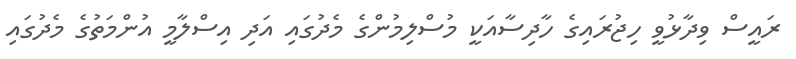
ރައީސް ވިދާޅުވީ ހިޖުރައިގެ ހާދިސާއަކީ މުސްލިމުންގެ މެދުގައި އަދި އިސްލާމީ އުންމަތުގެ މެދުގައި